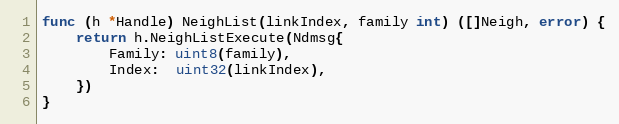
Language: Go
func (h *Handle) NeighList(linkIndex, family int) ([]Neigh, error) {
	return h.NeighListExecute(Ndmsg{
		Family: uint8(family),
		Index:  uint32(linkIndex),
	})
}